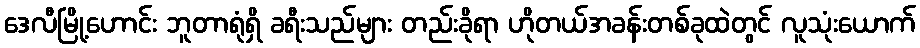
ဒေလီမြို့ဟောင်း ဘူတာရုံရှိ ခရီးသည်များ တည်းခိုရာ ဟိုတယ်အခန်းတစ်ခုထဲတွင် လူသုံးယောက်